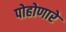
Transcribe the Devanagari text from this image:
पोहोणारे